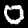
Label: 0